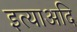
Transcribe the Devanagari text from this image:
इत्याअदि